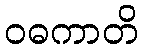
ဝဓကာတိ